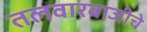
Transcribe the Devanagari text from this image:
तलवारबाजीचे